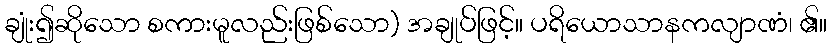
ချုံး၍ဆိုသော စကားမူလည်းဖြစ်သော) အချုပ်ဖြင့်။ ပရိယောသာနကလျာဏံ၊ ၏။